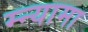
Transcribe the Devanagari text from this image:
म्न्यामा